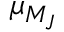
\mu _ { M _ { J } }